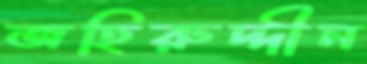
জহিরুদ্দীন